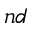
^ { n d }